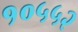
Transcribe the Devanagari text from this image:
१०५५२